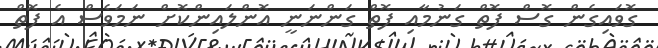
ގޮވައިގެން ގޮސް ފޮތް ގަނުމާއި ފޮތް ގަންނަނީ އޮންލައިންކޮށް ނަމަވެސް އެ ފޮތް